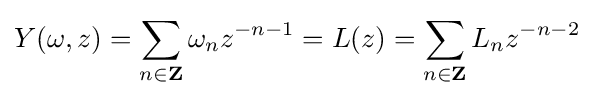
Y(\omega ,z)=\sum _{n\in \mathbf {Z} }\omega _{n}{z^{-n-1}}=L(z)=\sum _{n\in \mathbf {Z} }L_{n}z^{-n-2}